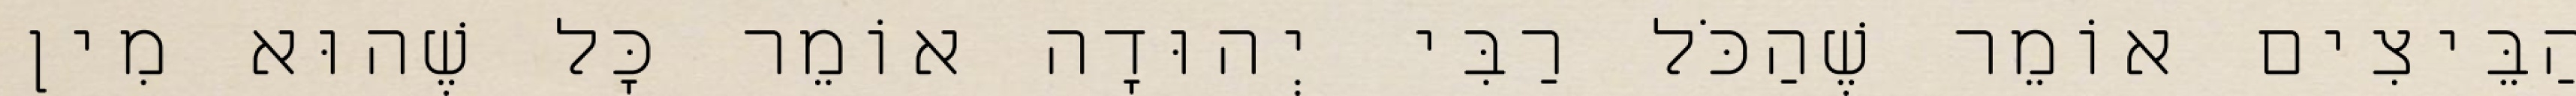
הַבֵּיצִים אוֹמֵר שֶׁהַכֹּל רַבִּי יְהוּדָה אוֹמֵר כָּל שֶׁהוּא מִין